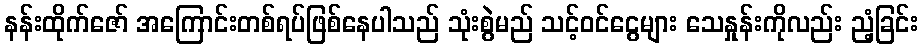
နန်းထိုက်ဇော် အကြောင်းတစ်ရပ်ဖြစ်နေပါသည် သုံးစွဲမည် သင့်ဝင်ငွေများ သေနှုန်းကိုလည်း ညံ့ခြင်း